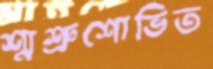
শ্মশ্রুশোভিত